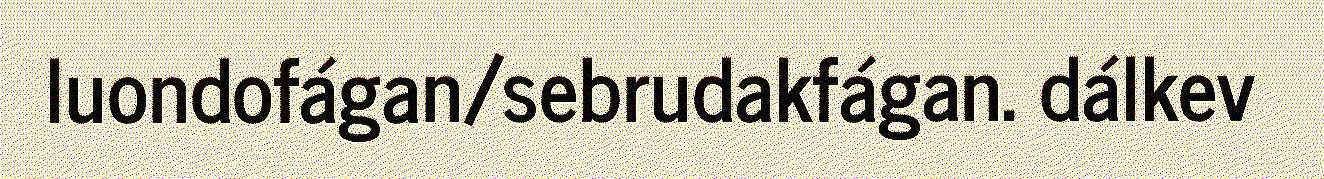
luondofágan/sebrudakfágan. dálkev